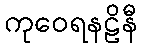
ကုဝေရနဠိနီ